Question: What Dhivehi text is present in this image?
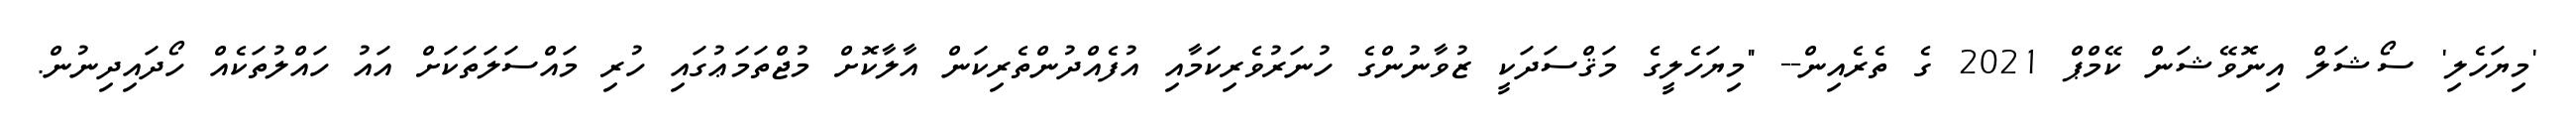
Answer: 'މިޔަހެލި' ސޯޝަލް އިނޮވޭޝަން ކޭމްޕް 2021 ގެ ތެރެއިން-- "މިޔަހެލީގެ މަޤްސަދަކީ ޒުވާނުންގެ ހުނަރުވެރިކަމާއި އުފެއްދުންތެރިކަން އާލާކޮށް މުޖްތަމަޢުގައި ހުރި މައްސަލަތަކަށް އައު ހައްލުތަކެއް ހޯދައިދިނުން.